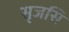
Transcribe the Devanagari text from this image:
सृजसि